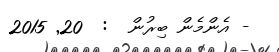
- އެންމެން ބިރުން  :  20